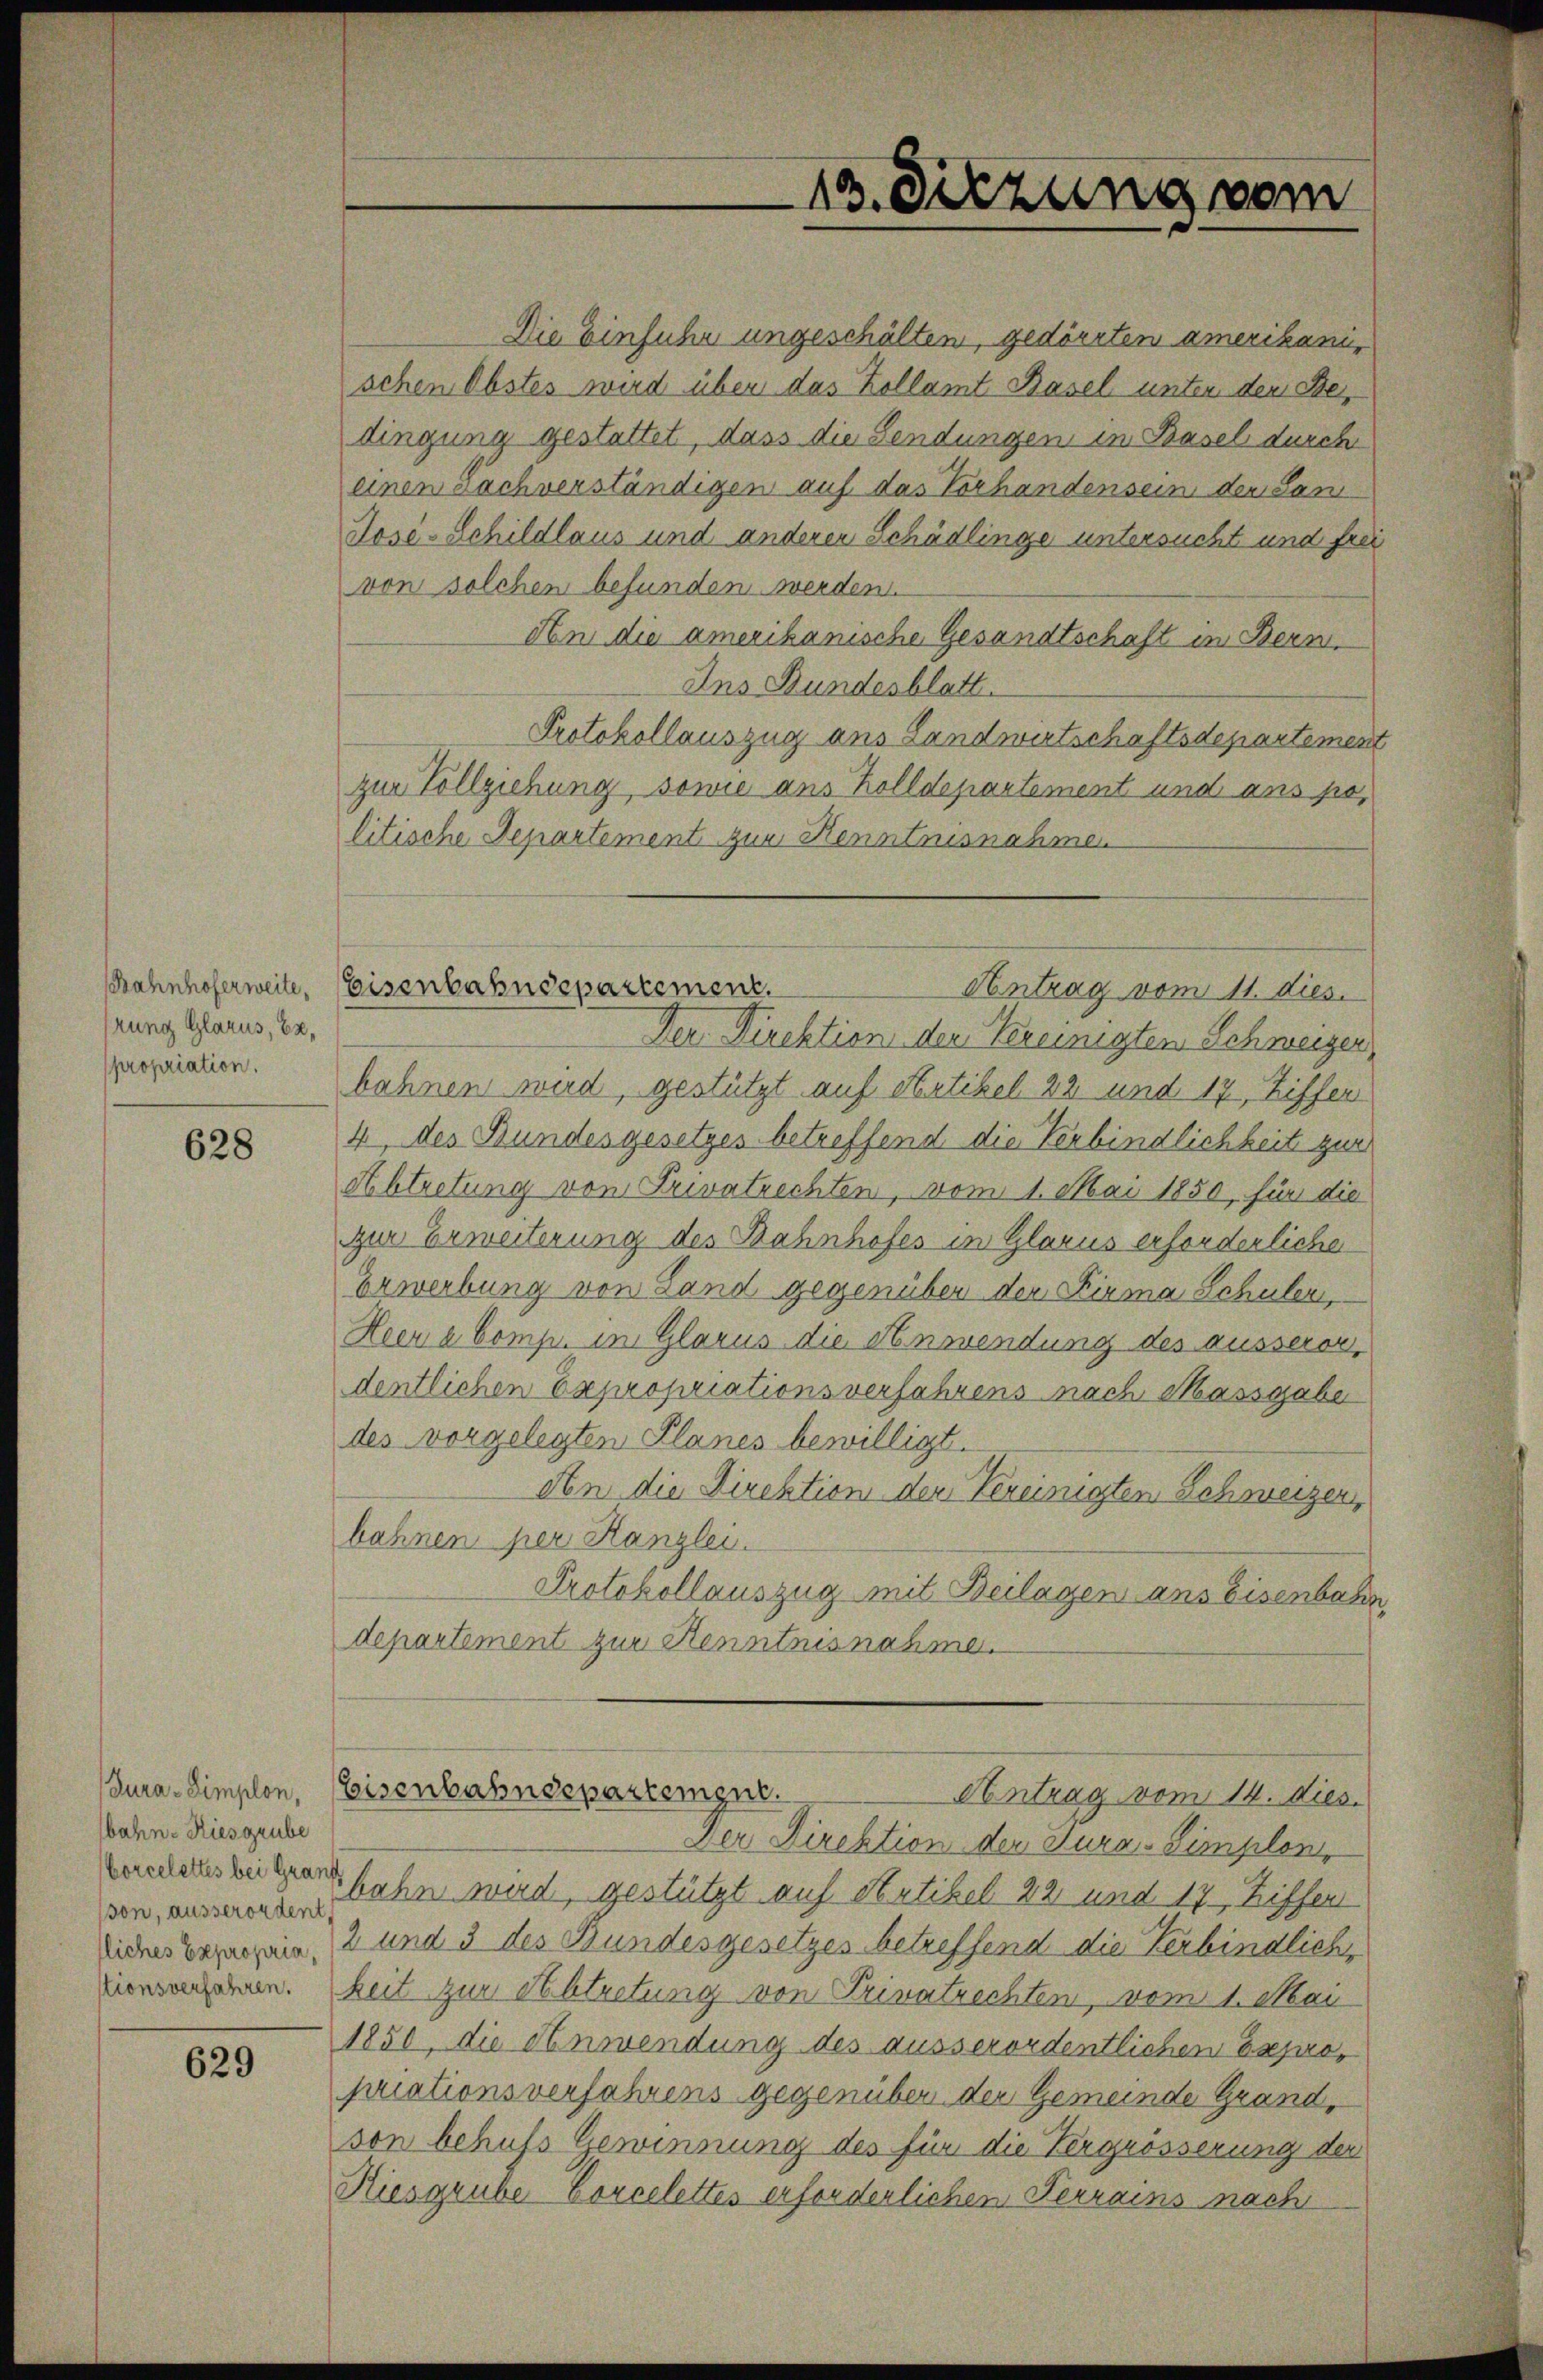
rung Glarus, Er,
propriation.

628

bahn- Kiesgrube
Corcelettes bei Granf
son, ausserordent

629

13. Diezung vom

Bahnhoferweite, Eisenbahndepartement.
Antrag vom 11. dies

Die Einfuhr ungeschälten, gedörrten amerikanischen Obstes wird über das Zollamt Basel unter den Bedingung gestattet, dass die Sendungen in Basel durch
einen nach verständigen auf das Vorhandensein der Sani
José-Schildlaus und anderer Schädlinge untersucht und frei
von solchen befunden werden.
An die amerikanische Gesandtschaft in Bern.
Ins Bundesblatt.
Protokollauszug aus Landwirtschaftsdepartement
zur Vollziehung, sowie ans Zolldepartement und ans politische Departement zur Kenntnisnahmen
Der Direktion den Kereinigten Schweizer
bahnen wird, gestützt auf Artikel 22 und 17, Ziffer
4, des Bundesgesetzes betreffend die Verbindlichkeit zur
Abtretung von Privatrechten, vom 1. Mai 1850, für die
zur Erweiterung des Bahnhofes in Glarus erforderliche
Erwerbung von Land gegenüber den Firma Schuler,
Heer a Comp. im Glarus die Anwendung des ausserordentlichen Expropriationsverfahrens nach Massgabe
des vorgelegten Planes bewilligt.
An die Direktion der Vereinigten Schweizer
bahnen her Kanzlei.
Protokollauszug mit Beilagen ans Eisenbahn,
departement zur Kenntnisnahme.

Cura-Simplon, Eisenbahndepartement.
Antrag vom 14. dies

Der Direktion der Jura, Simplon,
bahn wird, gestützt auf Sutikel 22 und 17 Ziffen
Siches Bazarein, 2 und 3 des Bundesgesetzes betreffend die Verbindliche
ziensansehnen. Zeit zur Abtretung von Privatrechten, vom 1. Mai
1850, die Anwendung des ausserordentlichen Expropriationsverfahrens gegenüber der Gemeinde Grand,
von behufs Gewinnung des für die Vergrösserung der
Kiesgrube Borcelettes erforderlichen Terrains nach